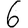
Digit: 6